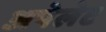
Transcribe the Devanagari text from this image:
अपेलेट